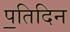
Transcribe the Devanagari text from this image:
प॒तिदिन